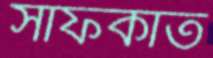
সাফকাত